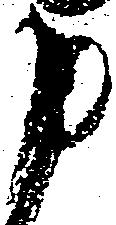
申